Indian journal of veterinary science and animal husbandry - Volume 3,
Year: 1933
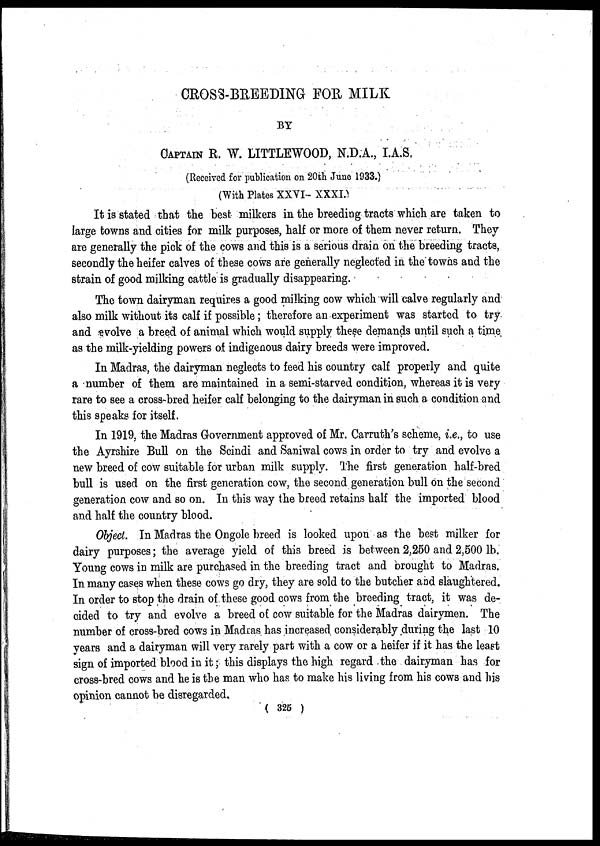
CROSS-BREEDING FOR MILK
BY
CAPTAIN R. W. LITTLEWOOD, N.D.A., I.A.S.
(Received for publication on 20th June 1933.)
(With Plates XXVI- XXXI.)
It is stated that the best milkers in the breeding tracts which are taken to
large towns and cities for milk purposes, half or more of them never return. They
are generally the pick of the cows and this is a serious drain on the breeding tracts,
secondly the heifer calves of these cows are generally neglected in the towns and the
strain of good milking cattle is gradually disappearing.
The town dairyman requires a good milking cow which will calve regularly and
also milk without its calf if possible; therefore an experiment was started to try
and evolve a breed of animal which would supply these demands until such a time
as the milk-yielding powers of indigenous dairy breeds were improved.
In Madras, the dairyman neglects to feed his country calf properly and quite
a number of them are maintained in a semi-starved condition, whereas it is very
rare to see a cross-bred heifer calf belonging to the dairyman in such a condition and
this speaks for itself.
In 1919, the Madras Government approved of Mr. Carruth's scheme, i.e., to use
the Ayrshire Bull on the Scindi and Saniwal cows in order to try and evolve a
new breed of cow suitable for urban milk supply. The first generation half-bred
bull is used on the first generation cow, the second generation bull on the second
generation cow and so on. In this way the breed retains half the imported blood
and half the country blood.
Object. In Madras the Ongole breed is looked upon as the best milker for
dairy purposes; the average yield of this breed is between 2,250 and 2,500 lb.
Young cows in milk are purchased in the breeding tract and brought to Madras.
In many cases when these cows go dry, they are sold to the butcher and slaughtered.
In order to stop the drain of these good cows from the breeding tract, it was de-
cided to try and evolve a breed of cow suitable for the Madras dairymen. The
number of cross-bred cows in Madras has increased considerably during the last 10
years and a dairyman will very rarely part with a cow or a heifer if it has the least
sign of imported blood in it; this displays the high regard the dairyman has for
cross-bred cows and he is the man who has to make his living from his cows and his
opinion cannot be disregarded.
( 325 )